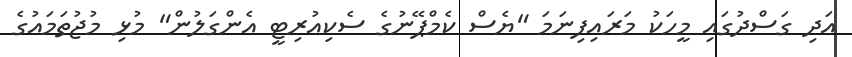
އަދި ގަސްދުގައި މީހަކު މަރައިފިނަމަ "ޔެސް ކެމްޕޭނުގެ ސެކިއުރިޓީ އެންގަލުން" މުޅި މުޖުތަމައުގެ